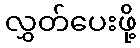
လွှတ်ပေးဖို့